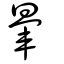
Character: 暈